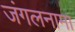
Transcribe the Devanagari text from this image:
जंगलनामा